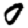
Digit: 0